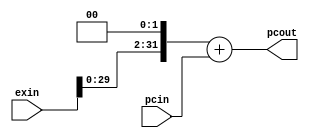
module pipe_adder(pcin,exin,pcout);

	input[31:0]				pcin;
	input[31:0]				exin;

	output reg[31:0]		pcout;


	reg signed [31:0] DataIn1;
	reg signed [31:0] DataIn2;
	reg signed [31:0] Result;

	initial
	begin
		DataIn2=32'b0;
		DataIn1=32'b0;
		Result=32'b0;
		pcout=32'b0;
	end

	always@(pcin or exin)
	begin
		DataIn1=pcin;
		DataIn2=exin<<2;
		Result=DataIn2+DataIn1;
		pcout=Result;
	end
endmodule